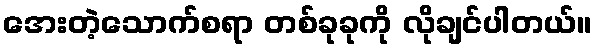
အေးတဲ့သောက်စရာ တစ်ခုခုကို လိုချင်ပါတယ်။